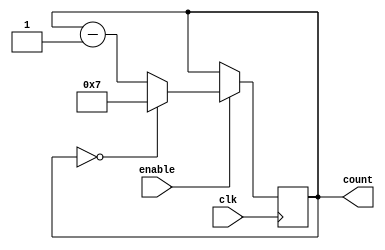
module ModuloNDownCounter (
    input wire clk,
    input wire enable,
    output reg [N-1:0] count
);

parameter N = 8;

always @(posedge clk) begin
    if (enable) begin
        if (count == 0) begin
            count <= N-1;
        end else begin
            count <= count - 1;
        end
    end
end

endmodule